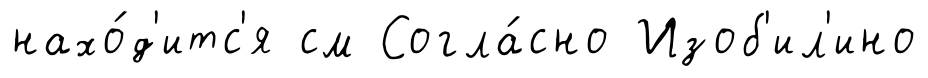
нахо́д'итс'я см Согла́сно Изоб'ил'ино